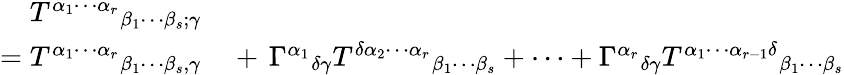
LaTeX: \begin{array}{rl}{T^{\alpha_{1}\cdots\alpha_{r}}{}_{\beta_{1}\cdots\beta_{s};\gamma}}&{{}}\\ {=T^{\alpha_{1}\cdots\alpha_{r}}{}_{\beta_{1}\cdots\beta_{s},\gamma}}&{{}+\, \Gamma^{\alpha_{1}}{}_{\delta\gamma}T^{\delta\alpha_{2}\cdots\alpha_{r}}{}_{\beta_{1}\cdots\beta_{s}}+\cdots+\Gamma^{\alpha_{r}}{}_{\delta\gamma}T^{\alpha_{1}\cdots\alpha_{r-1}\delta}{}_{\beta_{1}\cdots\beta_{s}}}\end{array}